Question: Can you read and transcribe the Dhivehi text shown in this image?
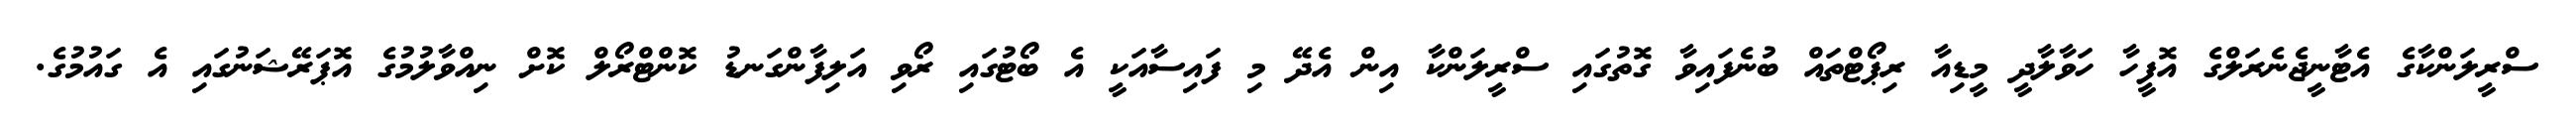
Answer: ސްރީލަންކާގެ އެޓާނީޖެނެރަލްގެ އޮފީހާ ހަވާލާދީ މީޑިއާ ރިޕޯޓްތައް ބުނެފައިވާ ގޮތުގައި ސްރީލަންކާ އިން އެދޭ މި ފައިސާއަކީ އެ ބޯޓުގައި ރޯވި އަލިފާންގަނޑު ކޮންޓްރޯލް ކޮށް ނިއްވާލުމުގެ އޮޕަރޭޝަނުގައި އެ ގައުމުގެ.